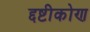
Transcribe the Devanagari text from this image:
द्दष्टीकोण